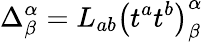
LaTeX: \Delta_{\beta}^{\alpha}=L_{ab}\left(t^{a}t^{b}\right)_{\beta}^{\alpha}